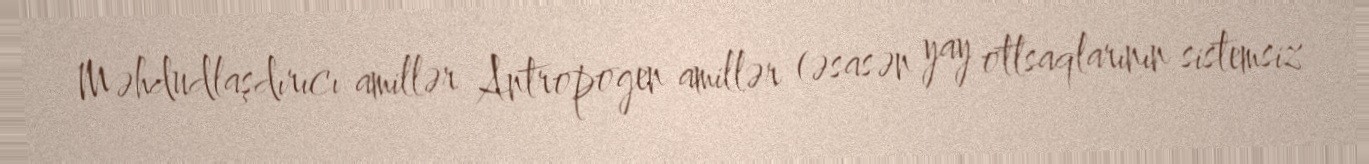
Məhdudlaşdırıcı amillər Antropogen amillər (əsasən yay otlsaqlarının sistemsiz